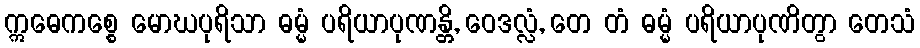
ဣဓေကစ္စေ မောဃပုရိသာ ဓမ္မံ ပရိယာပုဏန္တိ, ဝေဒလ္လံ, တေ တံ ဓမ္မံ ပရိယာပုဏိတွာ တေသံ